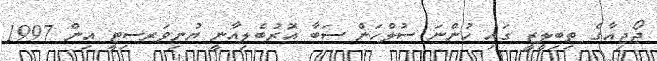
ޖޯޖިއާގެ ތިބިލީޒީ ގައި ހުންނަ ސުލްހަން ސަބާ އޮރުބެލިއާނީ ޔުނިވަރސިޓީ އިން 1997